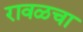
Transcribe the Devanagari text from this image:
रावळचा